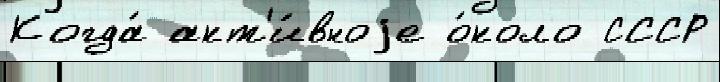
Когда́ акт'и́вноjе о́коло СССР